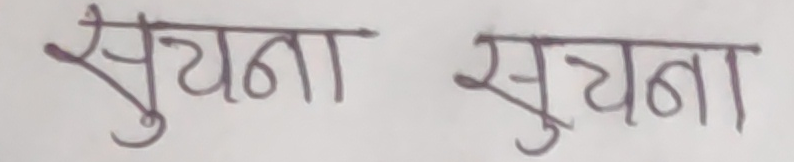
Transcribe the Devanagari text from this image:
सूचना सूचना